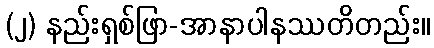
(၂) နည်းရှစ်ဖြာ-အာနာပါနဿတိတည်း။